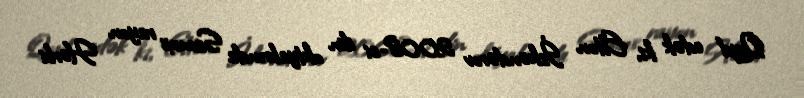
Qeyd edək ki, Elton İskəndərov 2008-ci ilin oktyabrında Samux rayon Hərbi